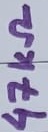
Text: 47KΩ